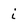
Character: i